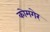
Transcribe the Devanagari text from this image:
कोमगेर